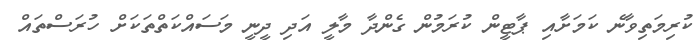
ކުރިމަތިވާނެ ކަަމަށާއި ޕާޓީން ކުރަމުން ގެންދާ މާލީ އަދި ދީނީ މަސައްކަތްތަކަށް ހުރަސްތައް